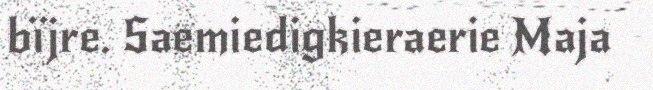
bïjre. Saemiedigkieraerie Maja